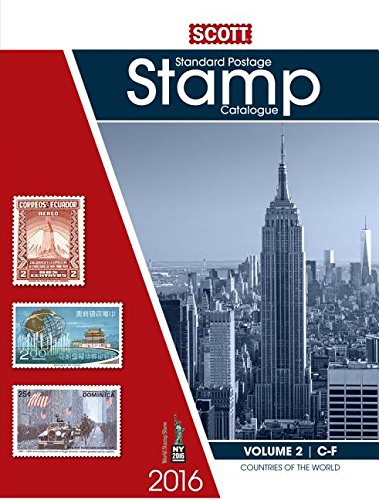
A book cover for Scott Catalogue Volume 2 - (Countries C-F): Standard Postage Stamp Catalogue (Scott Standard Postage Stamp Catalogue Vol 2 Countries C-F); Crafts, Hobbies & Home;